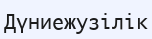
Дүниежузілік